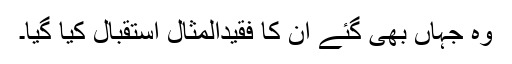
وہ جہاں بھی گئے ان کا فقیدالمثال استقبال کیا گیا۔